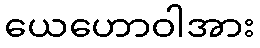
ယေဟောဝါအား